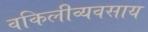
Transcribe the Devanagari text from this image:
वकिलीव्यवसाय